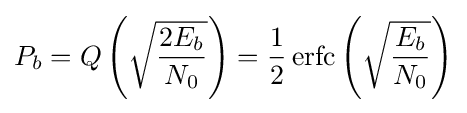
P_{b}=Q\left({\sqrt {\frac {2E_{b}}{N_{0}}}}\right)={\frac {1}{2}}\operatorname {erfc} \left({\sqrt {\frac {E_{b}}{N_{0}}}}\right)